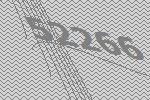
52266